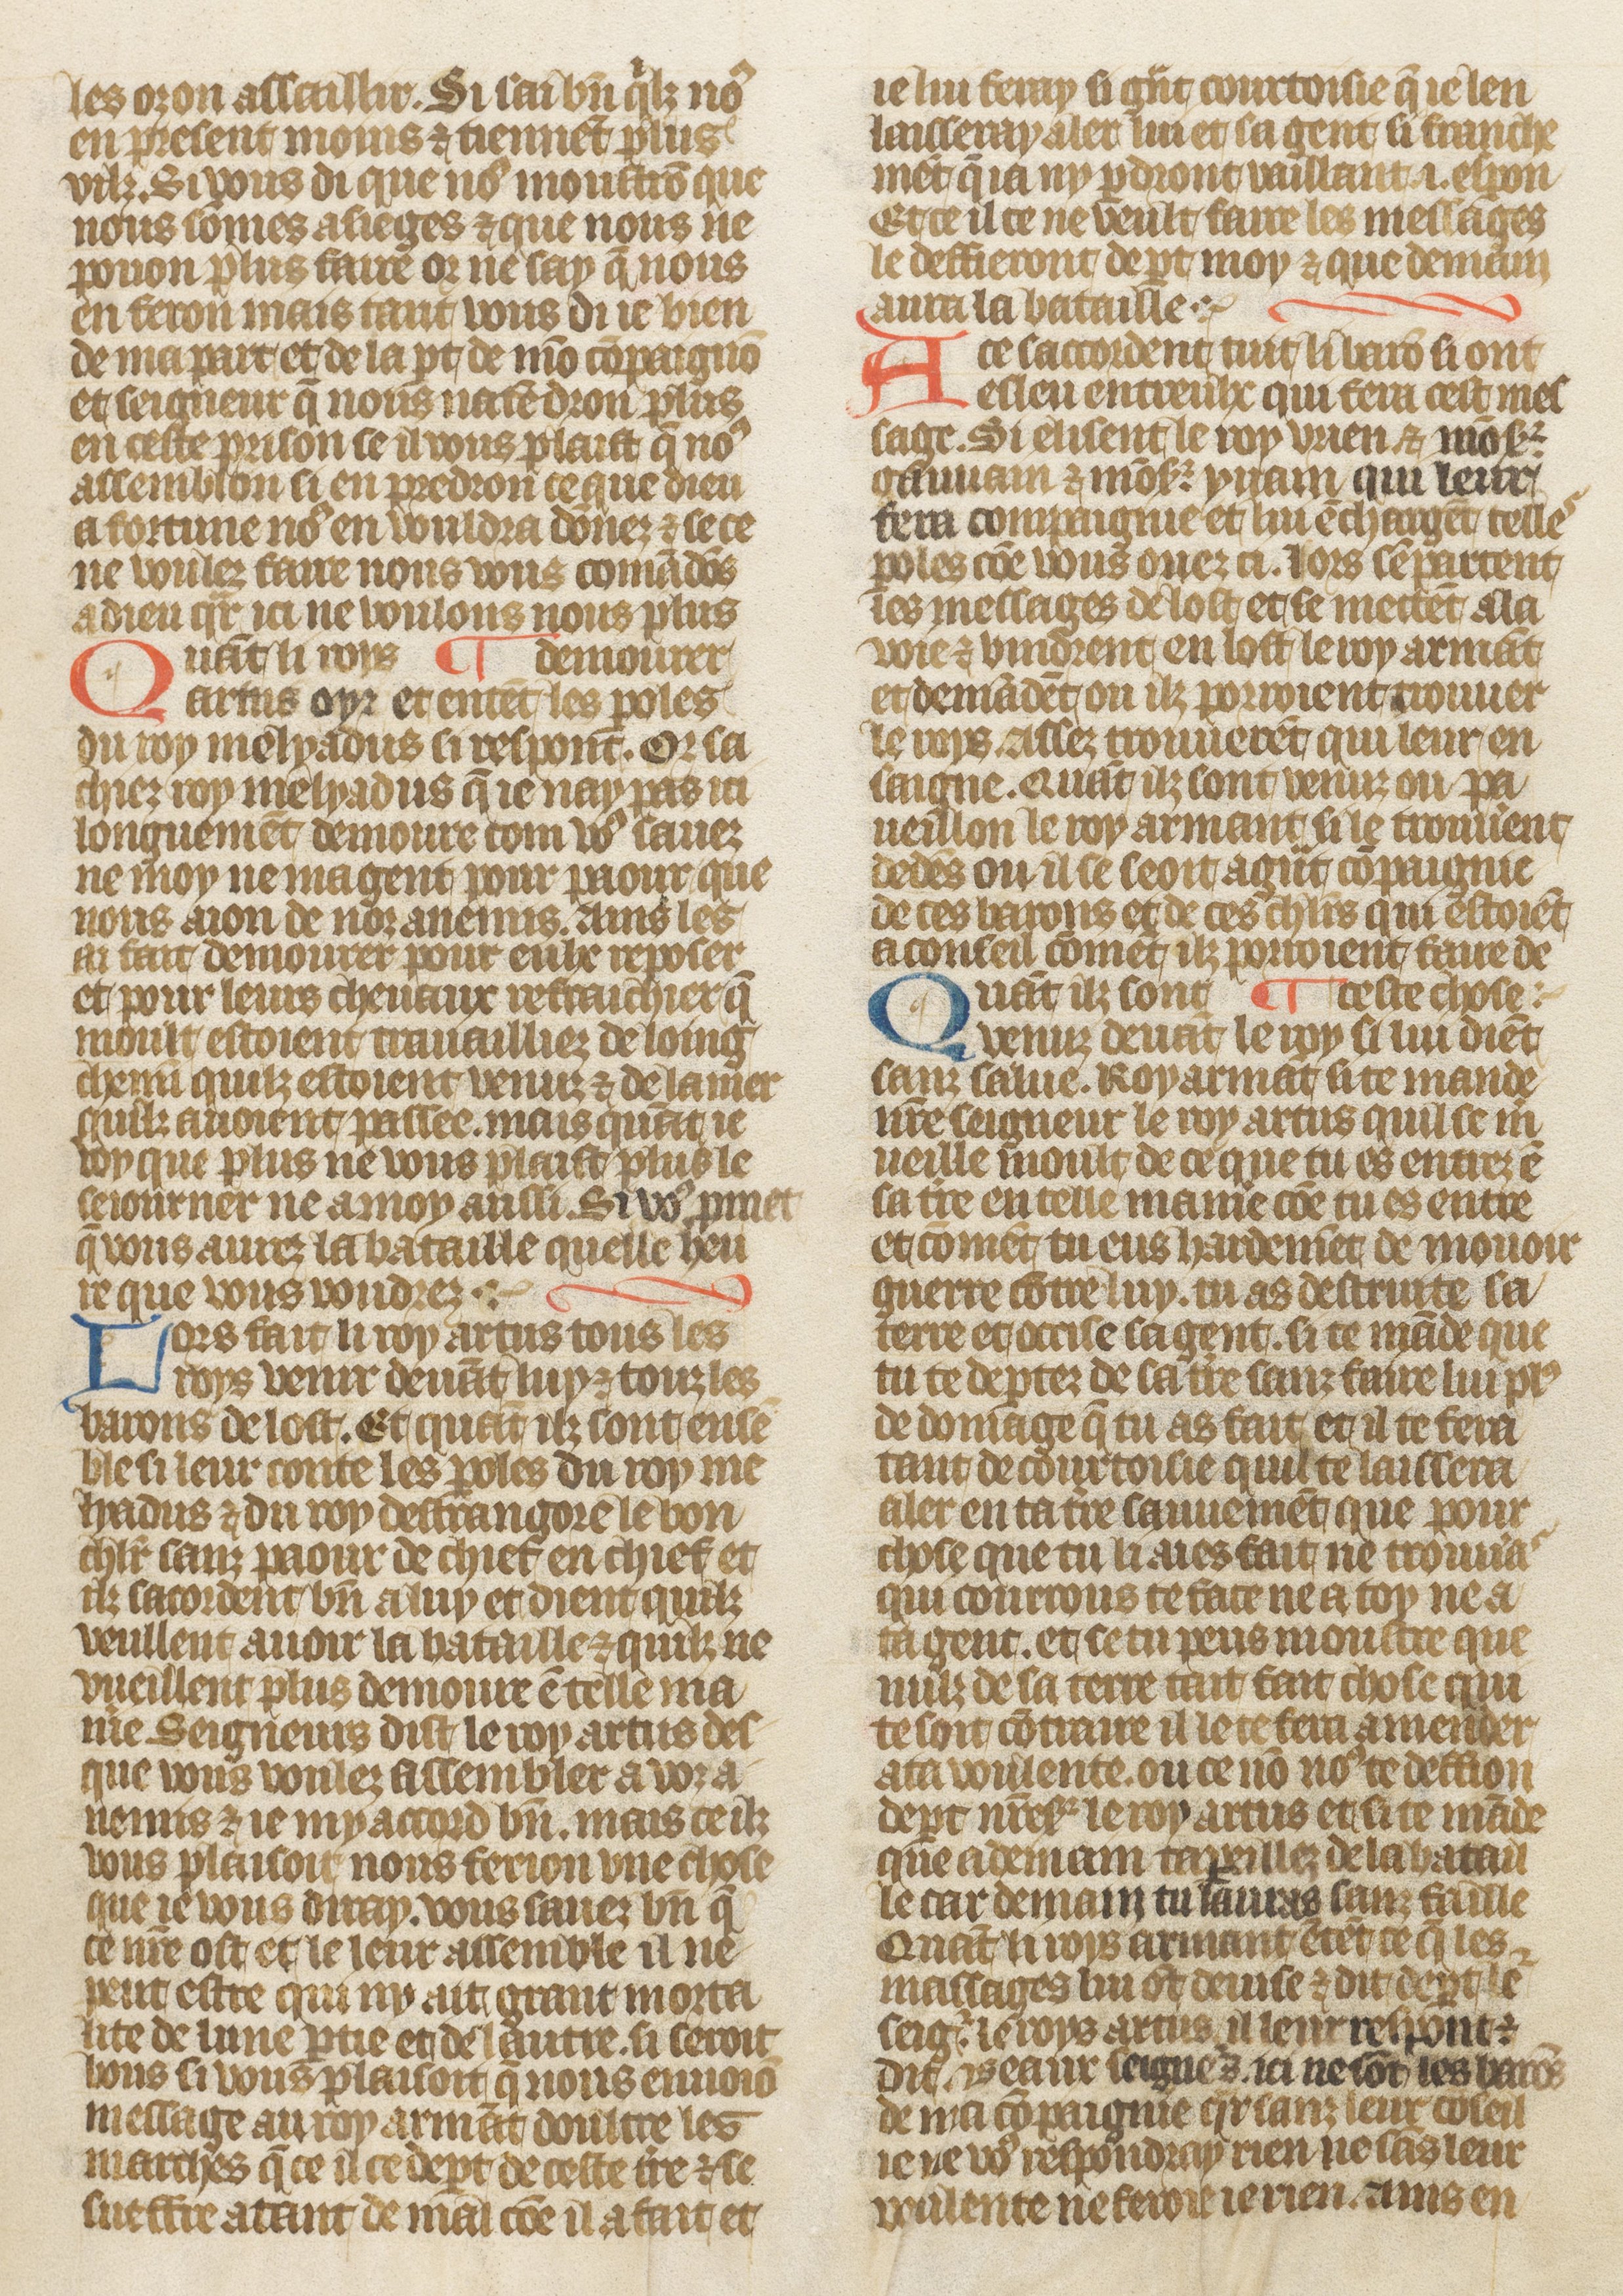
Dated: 1410–1430